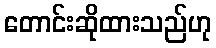
တောင်းဆိုထားသည်ဟု